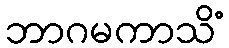
ဘာဂမကာသိံ